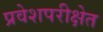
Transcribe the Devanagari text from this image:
प्रवेशपरीक्षेत